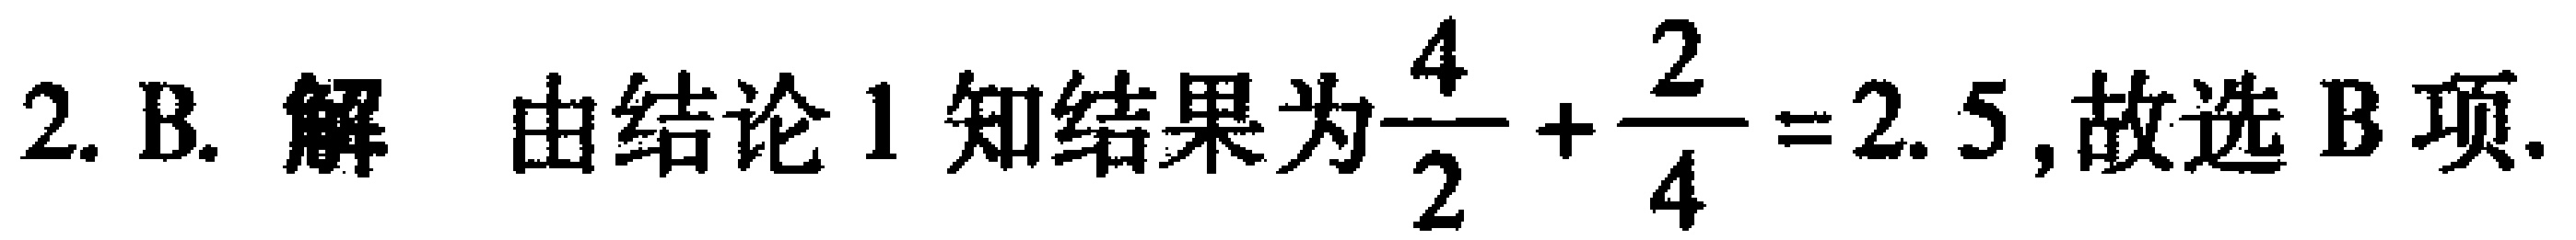
2. B. 解 由结论 1 知结果为$\frac{4}{2}+\frac{2}{4}=2.5$, 故选 B 项.